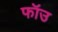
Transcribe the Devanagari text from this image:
फॉउ